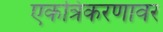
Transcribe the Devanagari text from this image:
एकत्रिकरणावर